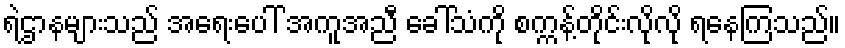
ရဲဌာနများသည် အရေးပေါ် အကူအညီ ခေါ်သံကို စက္ကန့်တိုင်းလိုလို ရနေကြသည်။